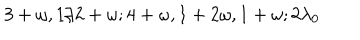
3 + \omega , 1 / 2 + \omega ; 4 + \omega , 1 + 2 \omega , 1 + \omega ; 2 \lambda _ { 0 }